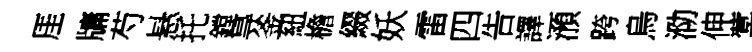
厓牗芍悬托鏜㝵釜紐檐綴妖雷四告譯澦跨烏泐伸蓂